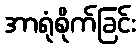
အာရုံစိုက်ခြင်း